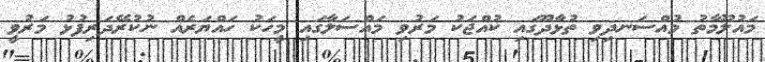
މައުލޫމާތު މުއްސަނދިވި ތުޅާދޫގައި ކުއްޖަކު މަރުވި މައްސަލާގައި މީހަކު ހައްޔަރެއް ނުކުރޭދަރިފުޅު މަރުވީ